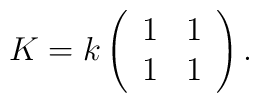
K=k\left(\begin{array}{cc}1 & 1 \\ 1 & 1 \end{array}\right).